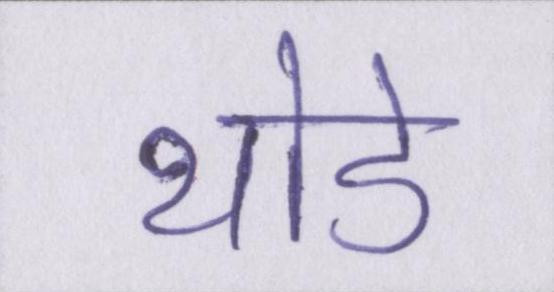
थोडे